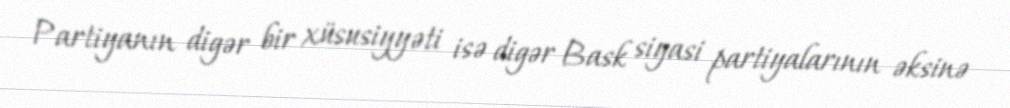
Partiyanın digər bir xüsusiyyəti isə digər Bask siyasi partiyalarının əksinə